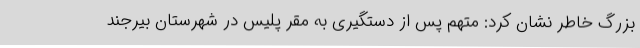
بزرگ خاطر نشان کرد: متهم پس از دستگیری به مقر پلیس در شهرستان بیرجند